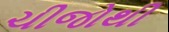
ચીજોથી